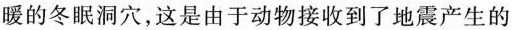
暖的冬眠洞穴，这是由于动物接收到了地震产生的